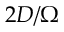
2 D / \Omega